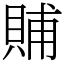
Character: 䝵